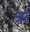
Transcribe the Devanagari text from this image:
र्ऋ